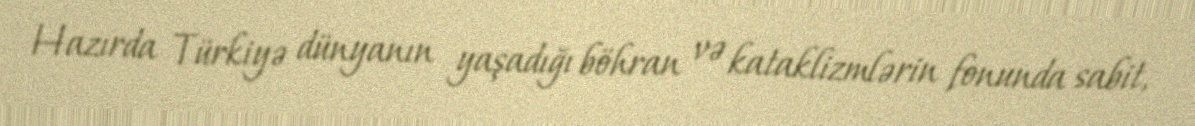
Hazırda Türkiyə dünyanın yaşadığı böhran və kataklizmlərin fonunda sabit,